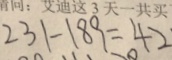
2 3 1 - 1 8 9 = 4 2